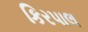
કિરપાલ